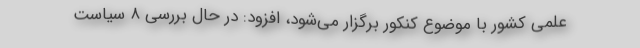
علمی کشور با موضوع کنکور برگزار می‌شود، افزود: در حال بررسی ۸ سیاست